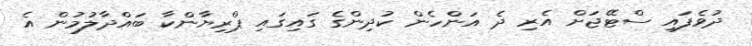
ދުވެފައި ސްޓޭޖަށް އެރި ދެ އަންހެން ކުދިންގެ ގައިގައި ޕްރިޔާންކާ ބައްދާލުމުން އެ